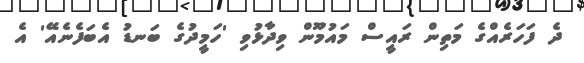
ދެ ފަހަރެއްގެ މަތިން ރައީސް މައުމޫން ވިދާޅުވި 'ހަމީދުގެ ބަނޑު އެބަފެނެއޭ' އެ